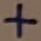
Text: +